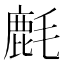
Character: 𱥥